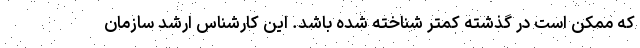
که ممکن است در گذشته کمتر شناخته شده باشد. این کارشناس ارشد سازمان